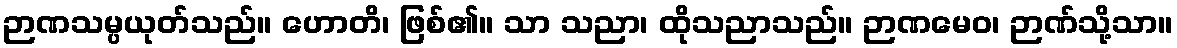
ဉာဏသမ္ပယုတ်သည်။ ဟောတိ၊ ဖြစ်၏။ သာ သညာ၊ ထိုသညာသည်။ ဉာဏမေဝ၊ ဉာဏ်သို့သာ။